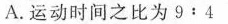
A.运动时间之比为9:4